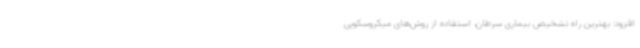
افزود: بهترین راه تشخیص بیماری سرطان، استفاده از روش‌های میکروسکوپی